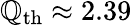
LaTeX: \mathbb{Q}_{\mathrm{{th}}}\approx2.39